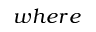
w h e r e